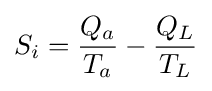
S_{i}={\frac {Q_{a}}{T_{a}}}-{\frac {Q_{L}}{T_{L}}}